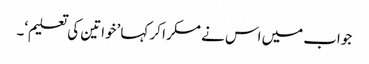
جواب میں اس نے مسکرا کر کہا ’خواتین کی تعلیم‘۔